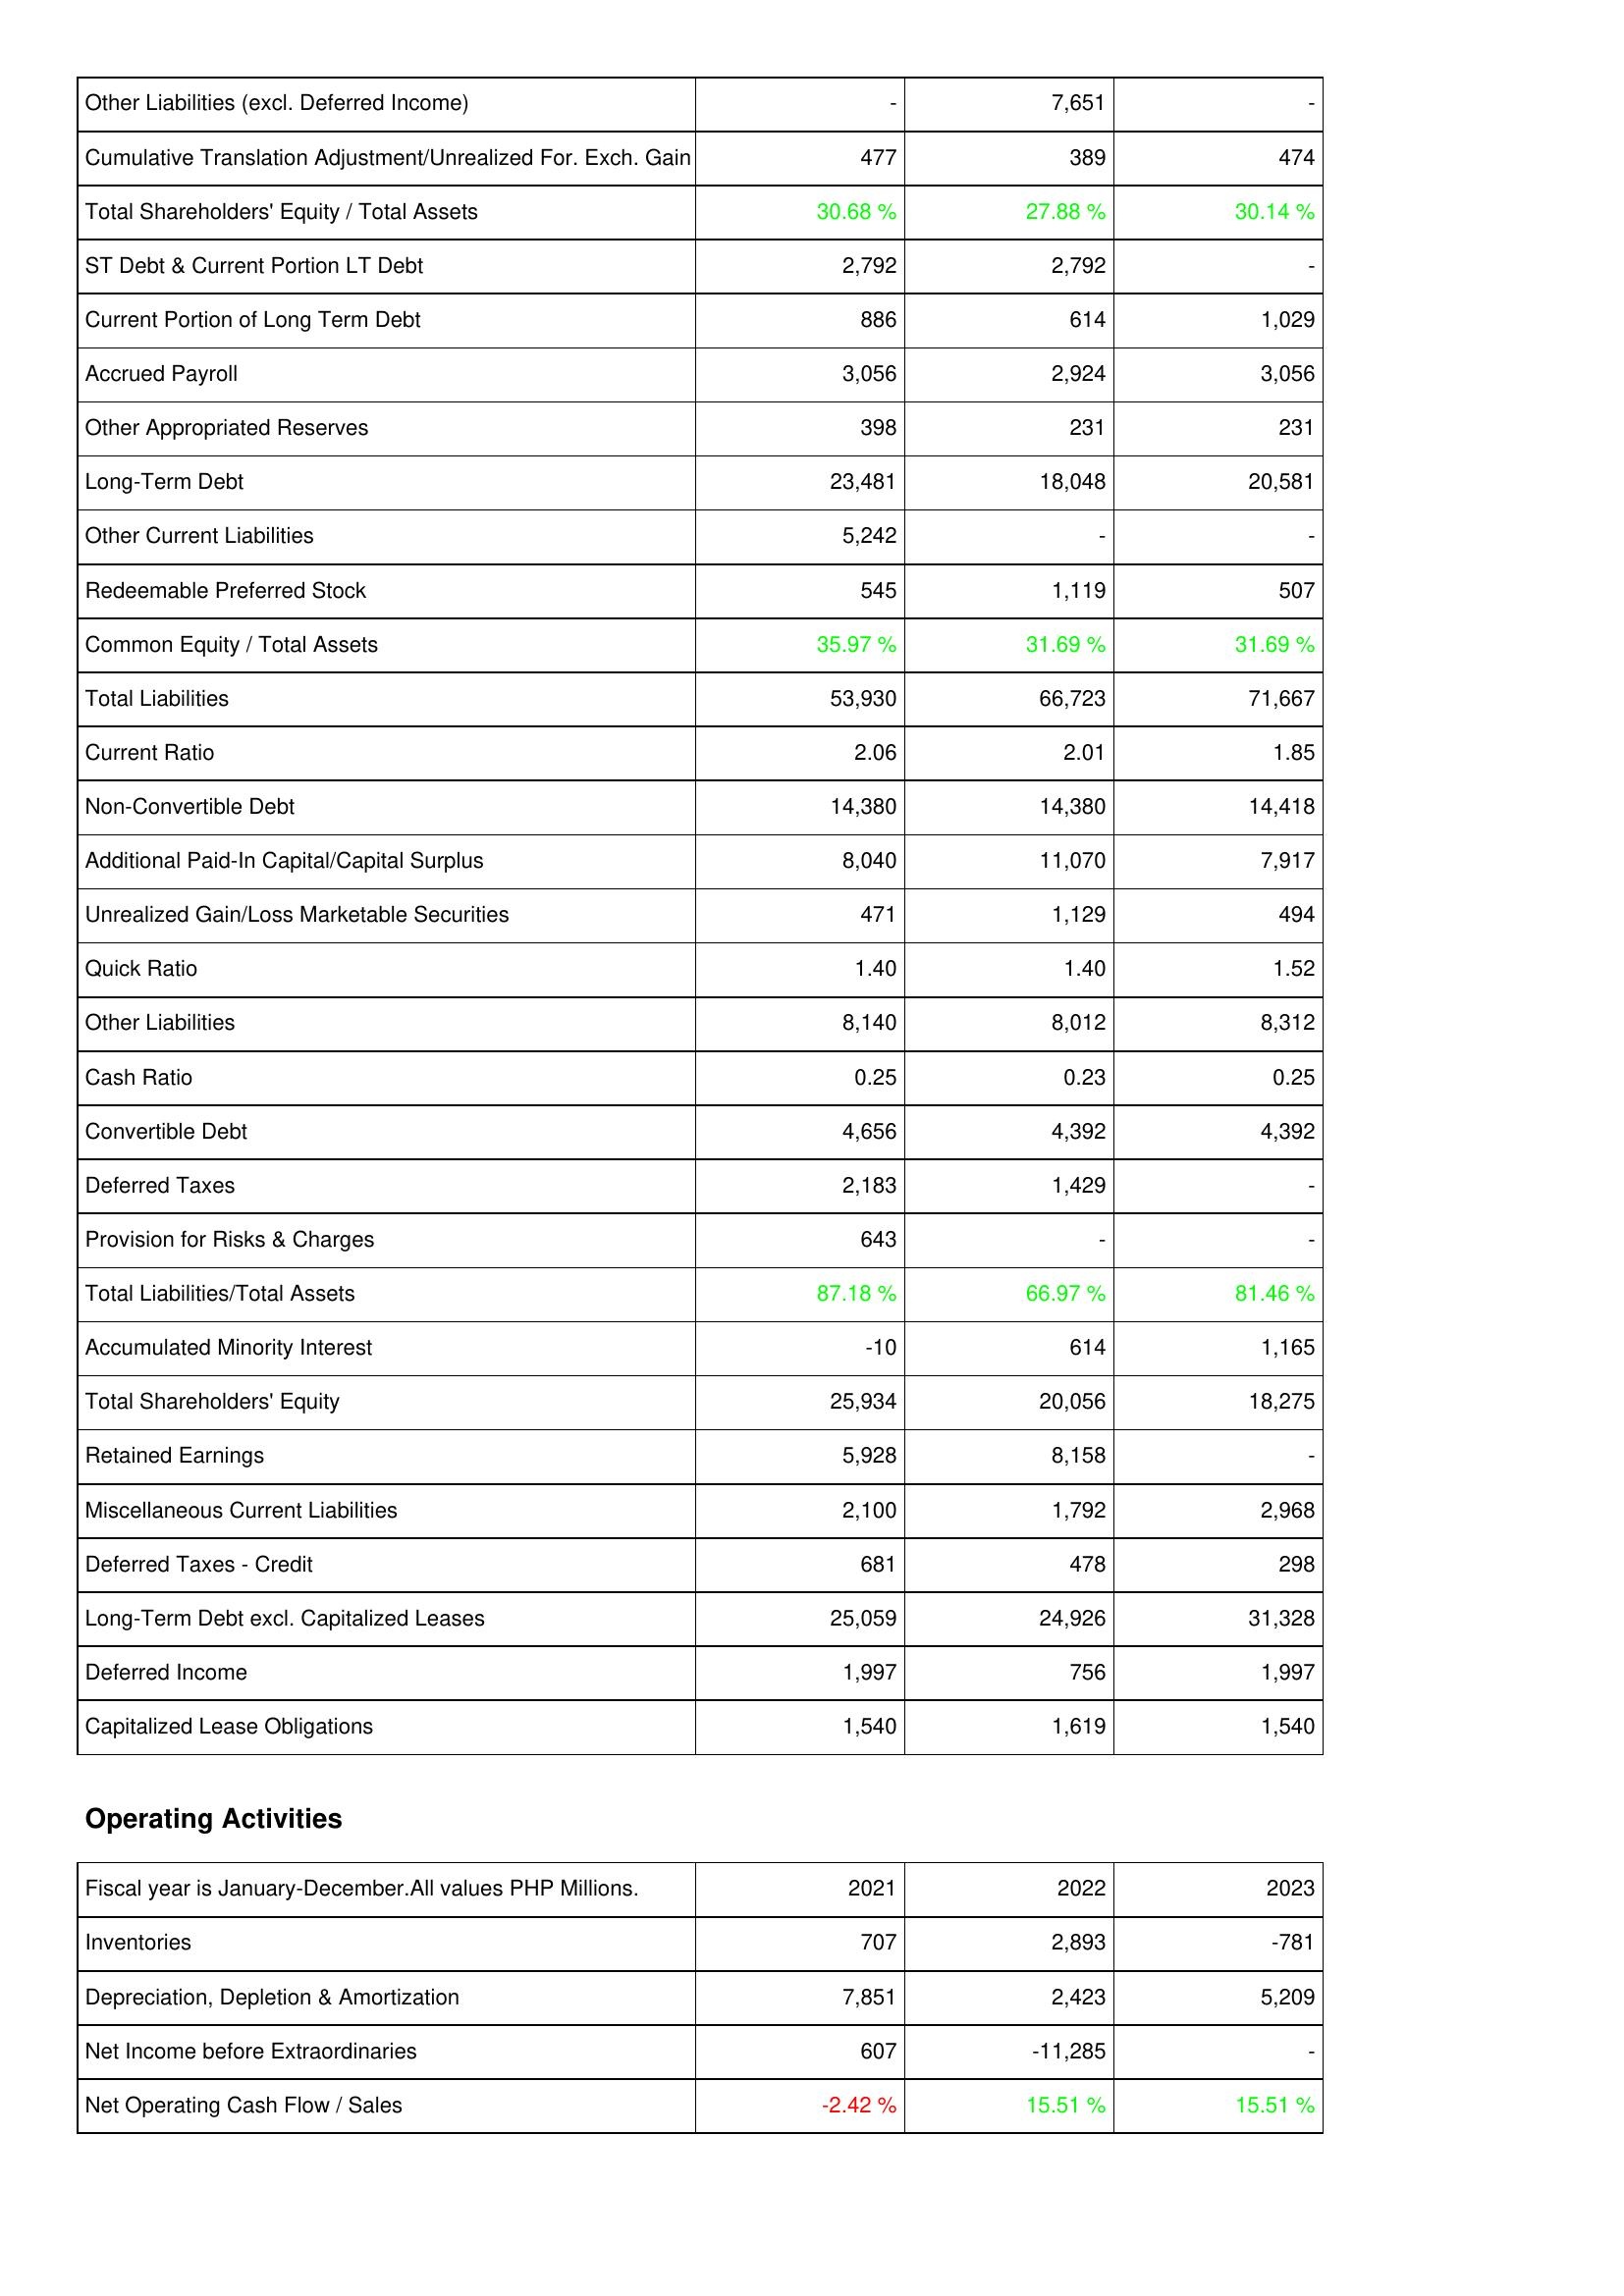
2021: Liabilities & Shareholders' Equity: Other Liabilities (excl. Deferred Income): -
Cumulative Translation Adjustment/Unrealized For. Exch. Gain: 477
Total Shareholders' Equity / Total Assets: 30.68 %
ST Debt & Current Portion LT Debt: 2,792
Current Portion of Long Term Debt: 886
Accrued Payroll: 3,056
Other Appropriated Reserves: 398
Long-Term Debt: 23,481
Other Current Liabilities: 5,242
Redeemable Preferred Stock: 545
Common Equity / Total Assets: 35.97 %
Total Liabilities: 53,930
Current Ratio: 2.06
Non-Convertible Debt: 14,380
Additional Paid-In Capital/Capital Surplus: 8,040
Unrealized Gain/Loss Marketable Securities: 471
Quick Ratio: 1.40
Other Liabilities: 8,140
Cash Ratio: 0.25
Convertible Debt: 4,656
Deferred Taxes: 2,183
Provision for Risks & Charges: 643
Total Liabilities/Total Assets: 87.18 %
Accumulated Minority Interest: -10
Total Shareholders' Equity: 25,934
Retained Earnings: 5,928
Miscellaneous Current Liabilities: 2,100
Deferred Taxes - Credit: 681
Long-Term Debt excl. Capitalized Leases: 25,059
Deferred Income: 1,997
Capitalized Lease Obligations: 1,540
Operating Activities: Inventories: 707
Depreciation, Depletion & Amortization: 7,851
Net Income before Extraordinaries: 607
Net Operating Cash Flow / Sales: -2.42 %
2022: Liabilities & Shareholders' Equity: Other Liabilities (excl. Deferred Income): 7,651
Cumulative Translation Adjustment/Unrealized For. Exch. Gain: 389
Total Shareholders' Equity / Total Assets: 27.88 %
ST Debt & Current Portion LT Debt: 2,792
Current Portion of Long Term Debt: 614
Accrued Payroll: 2,924
Other Appropriated Reserves: 231
Long-Term Debt: 18,048
Other Current Liabilities: -
Redeemable Preferred Stock: 1,119
Common Equity / Total Assets: 31.69 %
Total Liabilities: 66,723
Current Ratio: 2.01
Non-Convertible Debt: 14,380
Additional Paid-In Capital/Capital Surplus: 11,070
Unrealized Gain/Loss Marketable Securities: 1,129
Quick Ratio: 1.40
Other Liabilities: 8,012
Cash Ratio: 0.23
Convertible Debt: 4,392
Deferred Taxes: 1,429
Provision for Risks & Charges: -
Total Liabilities/Total Assets: 66.97 %
Accumulated Minority Interest: 614
Total Shareholders' Equity: 20,056
Retained Earnings: 8,158
Miscellaneous Current Liabilities: 1,792
Deferred Taxes - Credit: 478
Long-Term Debt excl. Capitalized Leases: 24,926
Deferred Income: 756
Capitalized Lease Obligations: 1,619
Operating Activities: Inventories: 2,893
Depreciation, Depletion & Amortization: 2,423
Net Income before Extraordinaries: -11,285
Net Operating Cash Flow / Sales: 15.51 %
2023: Liabilities & Shareholders' Equity: Other Liabilities (excl. Deferred Income): -
Cumulative Translation Adjustment/Unrealized For. Exch. Gain: 474
Total Shareholders' Equity / Total Assets: 30.14 %
ST Debt & Current Portion LT Debt: -
Current Portion of Long Term Debt: 1,029
Accrued Payroll: 3,056
Other Appropriated Reserves: 231
Long-Term Debt: 20,581
Other Current Liabilities: -
Redeemable Preferred Stock: 507
Common Equity / Total Assets: 31.69 %
Total Liabilities: 71,667
Current Ratio: 1.85
Non-Convertible Debt: 14,418
Additional Paid-In Capital/Capital Surplus: 7,917
Unrealized Gain/Loss Marketable Securities: 494
Quick Ratio: 1.52
Other Liabilities: 8,312
Cash Ratio: 0.25
Convertible Debt: 4,392
Deferred Taxes: -
Provision for Risks & Charges: -
Total Liabilities/Total Assets: 81.46 %
Accumulated Minority Interest: 1,165
Total Shareholders' Equity: 18,275
Retained Earnings: -
Miscellaneous Current Liabilities: 2,968
Deferred Taxes - Credit: 298
Long-Term Debt excl. Capitalized Leases: 31,328
Deferred Income: 1,997
Capitalized Lease Obligations: 1,540
Operating Activities: Inventories: -781
Depreciation, Depletion & Amortization: 5,209
Net Income before Extraordinaries: -
Net Operating Cash Flow / Sales: 15.51 %